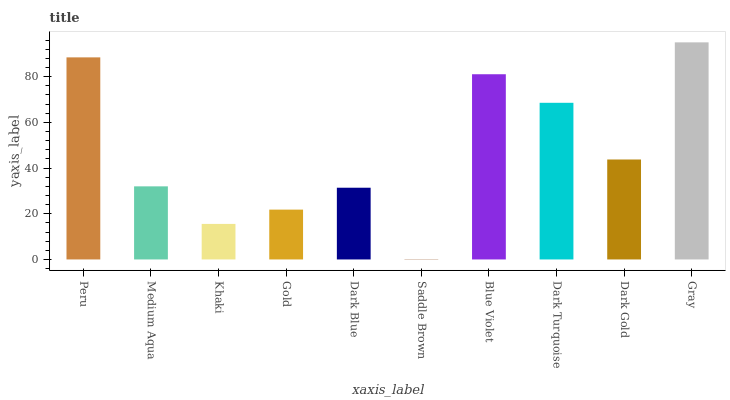
| xaxis_label | bars |
 | --- | --- |
 | Peru | 88.4 |
 | Medium Aqua | 32 |
 | Khaki | 15.6 |
 | Gold | 21.8 |
 | Dark Blue | 31.4 |
 | Saddle Brown | 0.107 |
 | Blue Violet | 81.1 |
 | Dark Turquoise | 68.6 |
 | Dark Gold | 43.7 |
 | Gray | 95 |